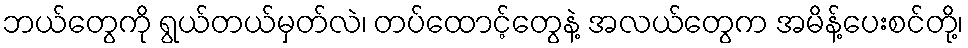
ဘယ်တွေကို ရွယ်တယ်မှတ်လဲ၊ တပ်ထောင့်တွေနဲ့ အလယ်တွေက အမိန့်ပေးစင်တို့၊